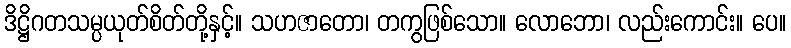
ဒိဋ္ဌိဂတသမ္ပယုတ်စိတ်တို့နှင့်။ သဟဇာတော၊ တကွဖြစ်သော။ လောဘော၊ လည်းကောင်း။ ပေ။